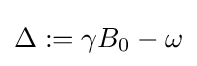
\Delta :=\gamma B_{0}-\omega